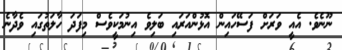
ނޫނެވެ. އެއީ ވަރަށް ފަސޭހައިން އޮޅުންއަރައި ބަލިވެ އިނުމަކީވެސް މިފަދަ ހާލަތުގައި ވެދާނެ